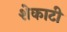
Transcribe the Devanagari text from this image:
शेकाटी